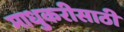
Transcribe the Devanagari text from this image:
माधुकरीसाठी